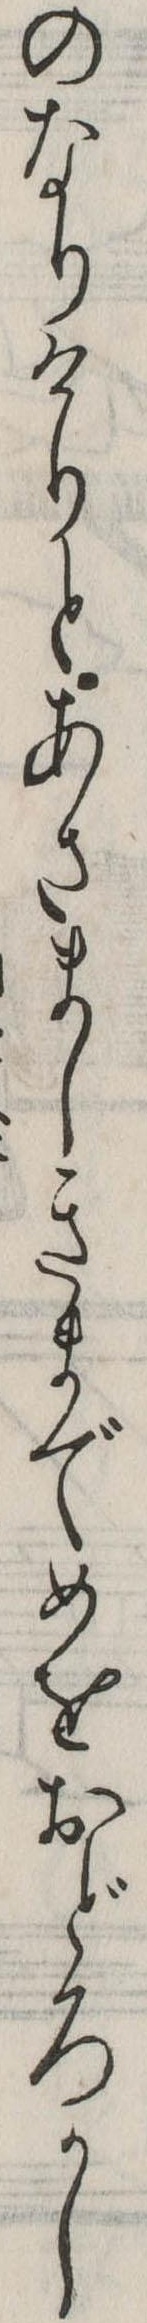
のなりけりとあさましきまでめをおどろかし